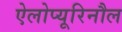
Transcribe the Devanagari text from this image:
ऐलोप्यूरिनौल